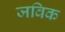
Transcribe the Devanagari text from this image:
जविक